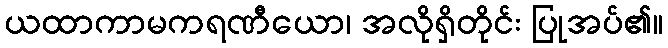
ယထာကာမကရဏီယော၊ အလိုရှိတိုင်း ပြုအပ်၏။